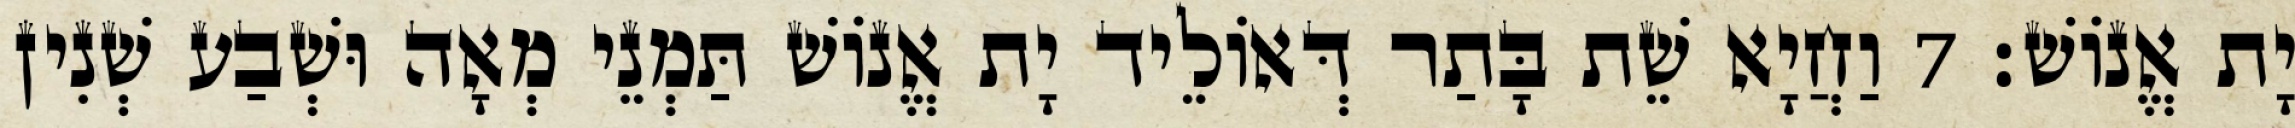
יָת אֱנוֹשׁ׃ 7 וַחֲיָא שֵׁת בָּתַר דְּאוֹלֵיד יָת אֱנוֹשׁ תַּמְנֵי מְאָה וּשְׁבַע שְׁנִין